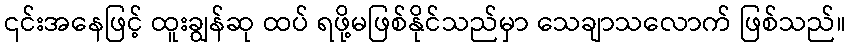
၎င်းအနေဖြင့် ထူးချွန်ဆု ထပ် ရဖို့မဖြစ်နိုင်သည်မှာ သေချာသလောက် ဖြစ်သည်။